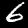
Digit: 6